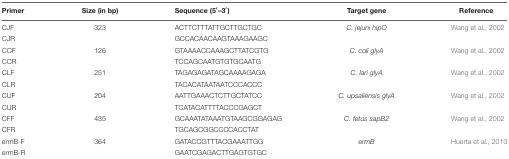
| Primer | Size (in bp) | Sequence (5′–3′) | Target gene | Reference |
 | --- | --- | --- | --- | --- |
 | CJF | 323 | ACTTCTTTATTGCTTGCTGC | C. jejuni hipO | Wang et al., 2002 |
 | CJR |  | GCCACAACAAGTAAAGAAGC |  |  |
 | CCF | 126 | GTAAAACCAAAGCTTATCGTG | C. coli glyA | Wang et al., 2002 |
 | CCR |  | TCCAGCAATGTGTGCAATG |  |  |
 | CLF | 251 | TAGAGAGATAGCAAAAGAGA | C. lari glyA | Wang et al., 2002 |
 | CLR |  | TACACATAATAATCCCACCC |  |  |
 | CUF | 204 | AATTGAAACTCTTGCTATCC | C. upsaliensis glyA | Wang et al., 2002 |
 | CUR |  | TCATACATTTTACCCGAGCT |  |  |
 | CFF | 435 | GCAAATATAAATGTAAGCGGAGAG | C. fetus sapB2 | Wang et al., 2002 |
 | CFR |  | TGCAGCGGCCCCACCTAT |  |  |
 | ermB-F | 364 | GATACCGTTTACGAAATTGG | ermB | Huerta et al., 2013 |
 | ermB-R |  | GAATCGAGACTTGAGTGTGC |  |  |